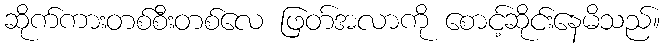
ဆိုက်ကားတစ်စီးတစ်လေ ဖြတ်အလာကို စောင့်ဆိုင်းနေမိသည်။